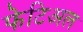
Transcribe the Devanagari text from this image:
फेटिअल